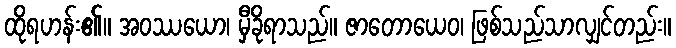
ထိုရဟန်း၏။ အဝဿယော၊ မှီခိုရာသည်။ ဇာတောယေဝ၊ ဖြစ်သည်သာလျှင်တည်း။